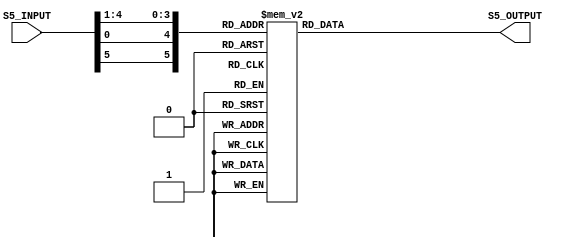

`timescale 1ns / 1ps
//////////////////////////////////////////////////////////////////////////////////
// Company:       RAJESH GLOBAL SOLUTION(RGS
// 
// Design Name:    DES
// Module Name:    Sbox_Rom5 
// Project Name:   DATA ENCRYPTION STANDARD(DES)
// Target Devices: SPARTAN-3(XC3S400)
// Tool versions:  XILINX 9.1I
// Description:    THIS MODULE IS NOTHING BUT A ROM.IT'S DEPTH IS 64 BIT AND 4 BIT WIDE.
//                 IT TAKES 6 BIT INPUT FROM SBOX_INPUT AND GENERATES 4 BIT OUTPUT.
//
// Dependencies:   Xor_Operation
//
// Revision: 
// Revision 0.01 - File Created
// Additional Comments: 
//
//////////////////////////////////////////////////////////////////////////////////
module Sbox_Rom5(S5_INPUT, S5_OUTPUT);
    
	 input  [6 : 1] S5_INPUT;
    
	 output [3  : 0 ] S5_OUTPUT;
	 
	 wire   [6 : 1] S5_INPUT;
	 
	 reg    [3 : 0] S5_OUTPUT;
	 
	 wire   [6 : 1] S5_SELECT;
	 
	 assign S5_SELECT = {S5_INPUT[6],S5_INPUT[1],S5_INPUT[5 : 2]};
	 
	 always @(S5_SELECT)
	 
	  begin
	  
	    case(S5_SELECT)
	  
            6'b000000: S5_OUTPUT <= 4'h2;
            6'b000001: S5_OUTPUT <= 4'hC;
            6'b000010: S5_OUTPUT <= 4'h4;
            6'b000011: S5_OUTPUT <= 4'h1;
            6'b000100: S5_OUTPUT <= 4'h7;
            6'b000101: S5_OUTPUT <= 4'hA;
            6'b000110: S5_OUTPUT <= 4'hB;
            6'b000111: S5_OUTPUT <= 4'h6;
            6'b001000: S5_OUTPUT <= 4'h8;
            6'b001001: S5_OUTPUT <= 4'h5;
            6'b001010: S5_OUTPUT <= 4'h3;
            6'b001011: S5_OUTPUT <= 4'hF;
            6'b001100: S5_OUTPUT <= 4'hD;
            6'b001101: S5_OUTPUT <= 4'h0;
            6'b001110: S5_OUTPUT <= 4'hE;
            6'b001111: S5_OUTPUT <= 4'h9;
            6'b010000: S5_OUTPUT <= 4'hE;
            6'b010001: S5_OUTPUT <= 4'hB;
            6'b010010: S5_OUTPUT <= 4'h2;
            6'b010011: S5_OUTPUT <= 4'hC;
            6'b010100: S5_OUTPUT <= 4'h4;
            6'b010101: S5_OUTPUT <= 4'h7;
            6'b010110: S5_OUTPUT <= 4'hD;
            6'b010111: S5_OUTPUT <= 4'h1;
            6'b011000: S5_OUTPUT <= 4'h5;
            6'b011001: S5_OUTPUT <= 4'h0;
            6'b011010: S5_OUTPUT <= 4'hF;
            6'b011011: S5_OUTPUT <= 4'hA;
            6'b011100: S5_OUTPUT <= 4'h3;
            6'b011101: S5_OUTPUT <= 4'h9;
            6'b011110: S5_OUTPUT <= 4'h8;
            6'b011111: S5_OUTPUT <= 4'h6;
            6'b100000: S5_OUTPUT <= 4'h4;
            6'b100001: S5_OUTPUT <= 4'h2;
            6'b100010: S5_OUTPUT <= 4'h1;
            6'b100011: S5_OUTPUT <= 4'hB;
            6'b100100: S5_OUTPUT <= 4'hA;
            6'b100101: S5_OUTPUT <= 4'hD;
            6'b100110: S5_OUTPUT <= 4'h7;
            6'b100111: S5_OUTPUT <= 4'h8;
            6'b101000: S5_OUTPUT <= 4'hF;
            6'b101001: S5_OUTPUT <= 4'h9;
            6'b101010: S5_OUTPUT <= 4'hC;
            6'b101011: S5_OUTPUT <= 4'h5;
            6'b101100: S5_OUTPUT <= 4'h6;
            6'b101101: S5_OUTPUT <= 4'h3;
            6'b101110: S5_OUTPUT <= 4'h0;
            6'b101111: S5_OUTPUT <= 4'hE;
            6'b110000: S5_OUTPUT <= 4'hB;
            6'b110001: S5_OUTPUT <= 4'h8;
            6'b110010: S5_OUTPUT <= 4'hC;
            6'b110011: S5_OUTPUT <= 4'h7;
            6'b110100: S5_OUTPUT <= 4'h1;
            6'b110101: S5_OUTPUT <= 4'hE;
            6'b110110: S5_OUTPUT <= 4'h2;
            6'b110111: S5_OUTPUT <= 4'hD;
            6'b111000: S5_OUTPUT <= 4'h6;
            6'b111001: S5_OUTPUT <= 4'hF;
            6'b111010: S5_OUTPUT <= 4'h0;
            6'b111011: S5_OUTPUT <= 4'h9;
            6'b111100: S5_OUTPUT <= 4'hA;
            6'b111101: S5_OUTPUT <= 4'h4;
            6'b111110: S5_OUTPUT <= 4'h5;
            6'b111111: S5_OUTPUT <= 4'h3;
            default:   S5_OUTPUT <= 4'h0;
				
         endcase
			
	end
	
endmodule